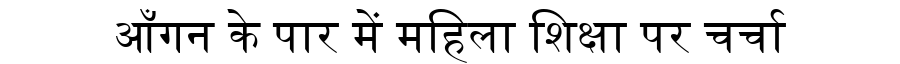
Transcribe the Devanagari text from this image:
आँगन के पार में महिला शिक्षा पर चर्चा